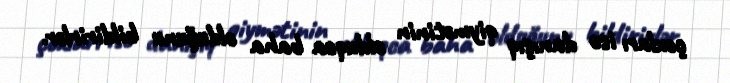
çoxları isə danışıq qiymətinin olduqca baha olduğunu bildirirlər.